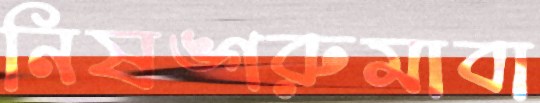
নিষঙ্গরুমাবা